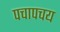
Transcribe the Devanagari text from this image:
पचापचय